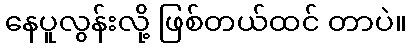
နေပူလွန်းလို့ ဖြစ်တယ်ထင် တာပဲ။